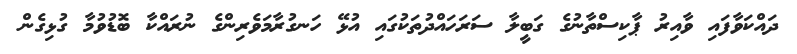
ދައްކަވާފައި ވާއިރު ޕާކިސްތާނުގެ ގަބީލާ ސަރަހައްދުތަކުގައި އުޅޭ ހަނގުރާމަވެރިންގެ ނުރައްކާ ބޮޑުވުމާ ގުޅިގެން